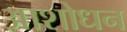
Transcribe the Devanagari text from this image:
आशोधन